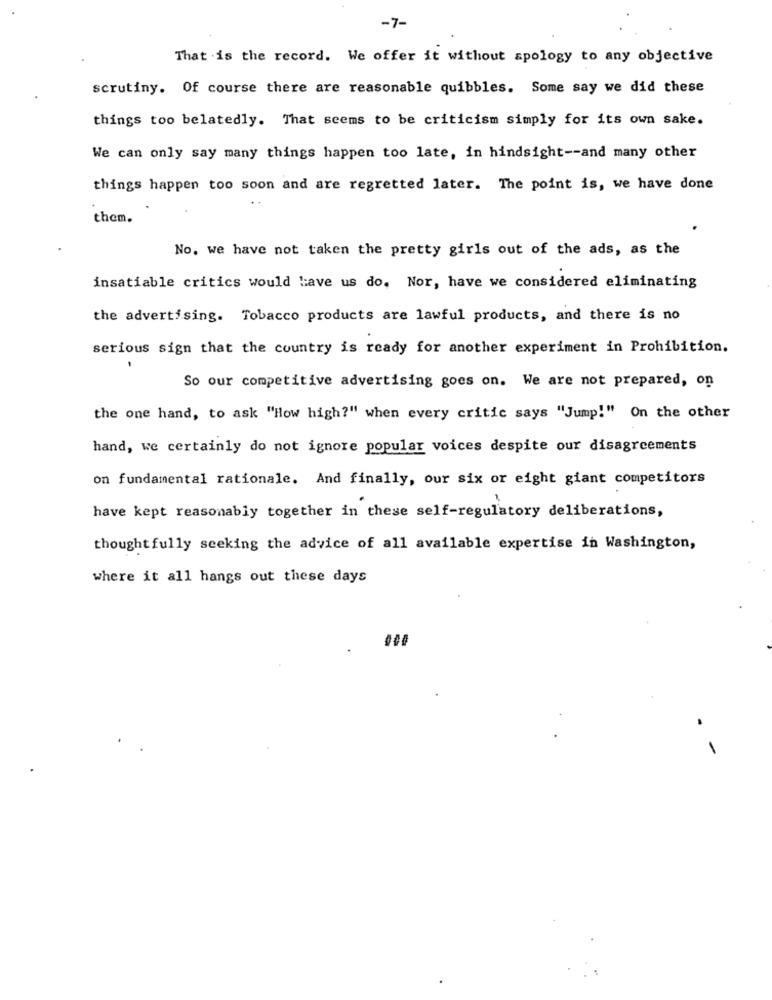
-7-
That is the record. We offer it without apology to any objective
scrutiny. Of course there are reasonable quibbles. Some say we did these
things too belatedly. That seems to be criticism simply for its own sake.
We can only say many things happen too late, in hindsight -- and many other
things happen too soon and are regretted later. The point is, we have done
them.
No. we have not taken the pretty girls out of the ads, as the
insatiable critics would Have us do. Nor, have we considered eliminating
the advertising. Tobacco products are lawful products, and there is no
serious sign that the country is ready for another experiment in Prohibition.
So our competitive advertising goes on. We are not prepared, on
the one hand, to ask "How high?" when every critic says "Jump!" On the other
hand, we certainly do not ignore popular voices despite our disagreements
on fundamental rationale. And finally, our six or eight giant competitors
have kept reasonably together in these self-regulatory deliberations,
thought fully seeking the advice of all available expertise in Washington,
where it all hangs out these days